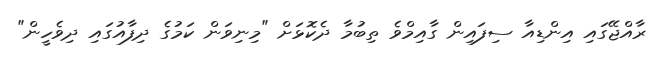
ރާއްޖޭގައި އިންޑިއާ ސިފައިން ގާއިމްވެ ތިބުމާ ދެކޮޅަށް "މިނިވަން ކަމުގެ ދިފާއުގައި ދިވެހީން"